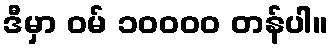
ဒီမှာ ဝမ် ၁၀၀၀၀ တန်ပါ။